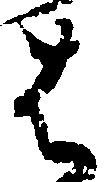
は